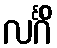
လင်္ဂိံ